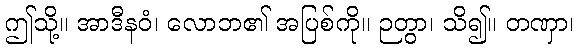
ဤသို့။ အာဒီနဝံ၊ လောဘ၏ အပြစ်ကို။ ဉတွာ၊ သိ၍။ တဏှာ၊